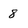
Character: 8